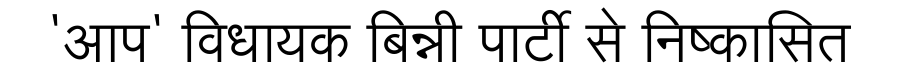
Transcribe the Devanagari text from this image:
'आप' विधायक बिन्नी पार्टी से निष्कासित